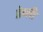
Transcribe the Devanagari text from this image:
डेथ्ली